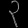
Digit: ၃